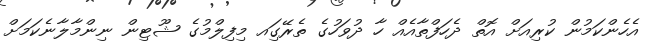
އެހެންކަމުން ކުރިއަށް އޮތް ދެހަފްތާއެއް ހާ ދުވަހުގެ ތެެރޭގަިއ މިފިލްމުގެ ޝޫޓިން ނިންމާލާނެކަމަށް